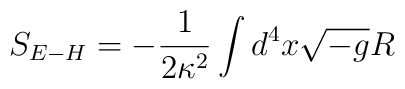
S_{E-H}=-\frac{1}{2\kappa^{2}}\int d^{4}x\sqrt{-g} R